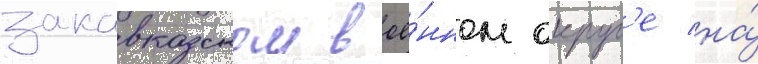
закавказском вое́нном округ'е на́